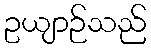
ဥယျာဉ်သည်